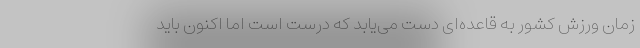
زمان ورزش کشور به قاعده‌ای دست می‌یابد که درست است اما اکنون باید